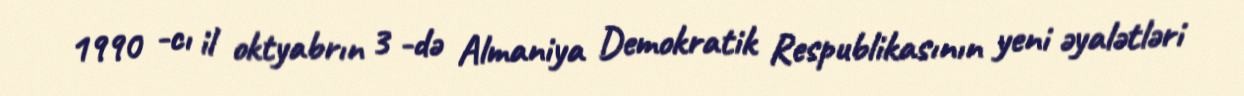
1990 -cı il oktyabrın 3 -də Almaniya Demokratik Respublikasının yeni əyalətləri